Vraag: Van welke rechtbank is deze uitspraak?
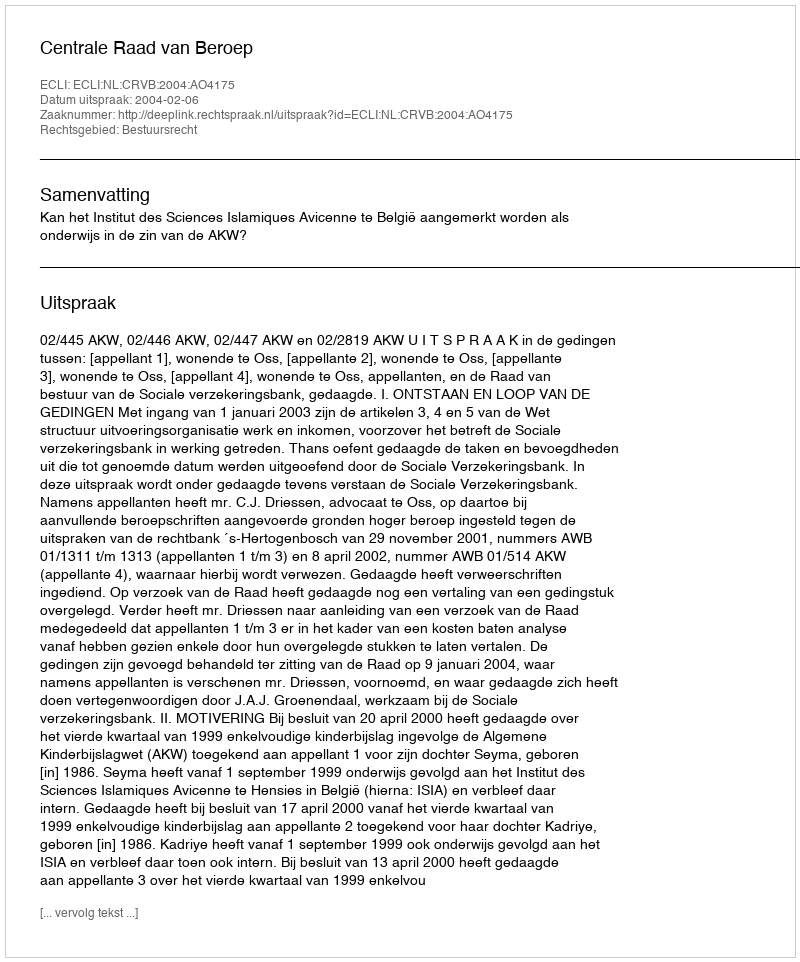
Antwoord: Centrale Raad van Beroep